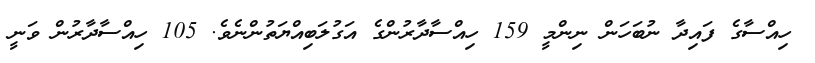
ހިއްސާގެ ފައިދާ ނުބަހަން ނިންމީ 159 ހިއްސާދާރުންގެ އަގުލަބިއްޔަތުންނެވެ. 105 ހިއްސާދާރުން ވަނީ